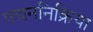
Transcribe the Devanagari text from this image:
पचननिक्रिया